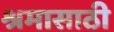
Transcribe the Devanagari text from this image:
श्रमासाठी